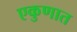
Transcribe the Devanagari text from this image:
एकुणात